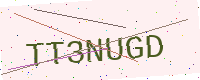
Text: TT3NUGD